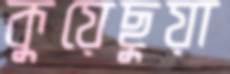
কুয়েছুয়া